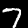
Label: 7